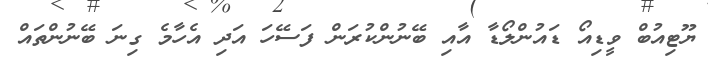
ޔޫޓިއުބް ވީޑިއޯ ޑައުންލޯޑާ އާއި ބޭނުންކުރަން ފަސޭހަ އަދި އެހާމެ ގިނަ ބޭނުންތައް